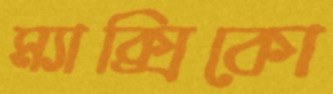
ম্যাক্সিকো